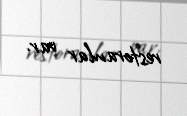
restoranlar var.